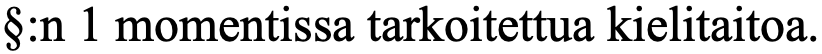
§:n 1 momentissa tarkoitettua kielitaitoa.